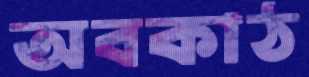
অবকাঠ